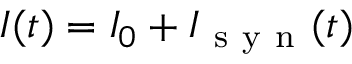
I ( t ) = I _ { 0 } + I _ { \mathrm { ~ s ~ y ~ n ~ } } ( t )